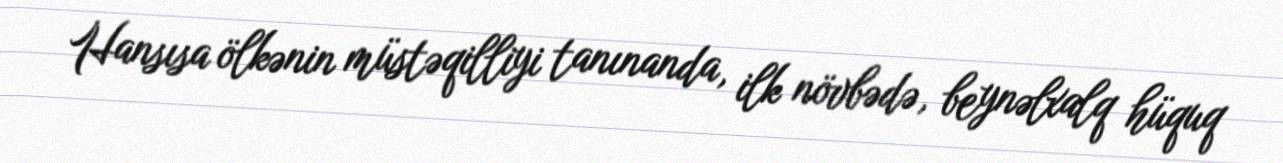
Hansısa ölkənin müstəqilliyi tanınanda, ilk növbədə, beynəlxalq hüquq